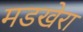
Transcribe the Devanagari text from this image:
मडखेरा